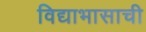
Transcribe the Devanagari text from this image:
विद्याभासाची